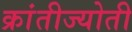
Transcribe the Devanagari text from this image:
क्रांतीज्योती